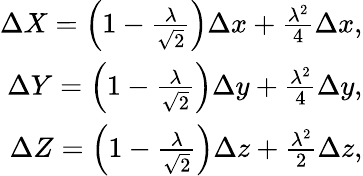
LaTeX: \begin{array}{r}{\Delta X=\left(1-\frac{\lambda}{\sqrt{2}}\right)\Delta x+\frac{\lambda^{2}}{4}\Delta x,}\\ {\Delta Y=\left(1-\frac{\lambda}{\sqrt{2}}\right)\Delta y+\frac{\lambda^{2}}{4}\Delta y,}\\ {\Delta Z=\left(1-\frac{\lambda}{\sqrt{2}}\right)\Delta z+\frac{\lambda^{2}}{2}\Delta z,}\end{array}